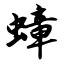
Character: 蟑